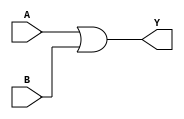
// Code your design here
module org(output Y, input A, B);
    or(Y, A, B); 
endmodule